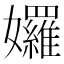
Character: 𡤢